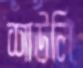
শাউলি